Annual report of the Bengal Veterinary College and of the Civil Veterinary Department, Bengal, for the year 1918-19 - 1918-1919
Year: 1918
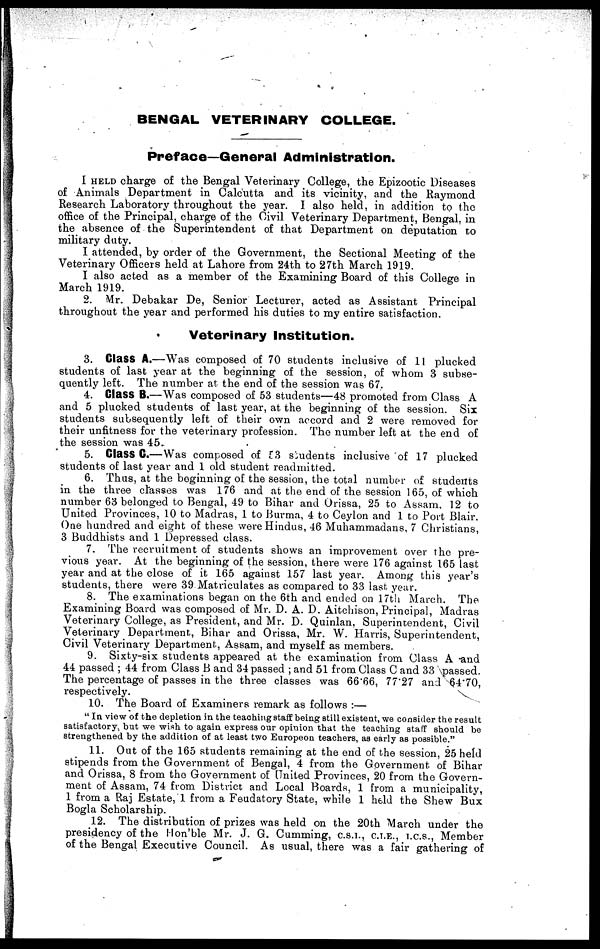
BENGAL VETERINARY COLLEGE.
Preface—General Administration.
I HELD charge of the Bengal Veterinary College, the Epizootic Diseases
of Animals Department in Calcutta and its vicinity, and the Raymond
Research Laboratory throughout the year. I also held, in addition to the
office of the Principal, charge of the Civil Veterinary Department, Bengal, in
the absence of the Superintendent of that Department on deputation to
military duty.
I attended, by order of the Government, the Sectional Meeting of the
Veterinary Officers held at Lahore from 24th to 27th March 1919.
I also acted as a member of the Examining Board of this College in
March 1919.
2. Mr. Debakar De, Senior Lecturer, acted as Assistant Principal
throughout the year and performed his duties to my entire satisfaction.
Veterinary Institution.
3. Class A.—Was composed of 70 students inclusive of 11 plucked
students of last year at the beginning of the session, of whom 3 subse-
quently left. The number at the end of the session was 67.
4. Class B.—Was composed of 53 students—48 promoted from Class A
and 5 plucked students of last year, at the beginning of the session. Six
students subsequently left of their own accord and 2 were removed for
their unfitness for the veterinary profession. The number left at the end of
the session was 45.
5. Class C.—Was composed of 53 students inclusive of 17 plucked
students of last year and 1 old student readmitted.
6. Thus, at the beginning of the session, the total number of students
in the three classes was 176 and at the end of the session 165, of which
number 63 belonged to Bengal, 49 to Bihar and Orissa, 25 to Assam, 12 to
United Provinces, 10 to Madras, 1 to Burma, 4 to Ceylon and 1 to Port Blair.
One hundred and eight of these were Hindus, 46 Muhammadans, 7 Christians,
3 Buddhists and 1 Depressed class.
7. The recruitment of students shows an improvement over the pre-
vious year. At the beginning of the session, there were 176 against 165 last
year and at the close of it 165 against 157 last year. Among this year's
students, there were 39 Matriculates as compared to 33 last year.
8. The examinations began on the 6th and ended on 17th March. The
Examining Board was composed of Mr. D. A. D. Aitchison, Principal, Madras
Veterinary College, as President, and Mr. D. Quinlan, Superintendent, Civil
Veterinary Department, Bihar and Orissa, Mr. W. Harris, Superintendent,
Civil Veterinary Department, Assam, and myself as members.
9. Sixty-six students appeared at the examination from Class A and
44 passed ; 44 from Class B and 34 passed ; and 51 from Class C and 33 passed.
The percentage of passes in the three classes was 66.66, 77.27 and 64.70,
respectively.
10. The Board of Examiners remark as follows :—
" In view of the depletion in the teaching staff being still existent, we consider the result
satisfactory, but we wish to again express our opinion that the teaching staff should be
strengthened by the addition of at least two Europeon teachers, as early as possible."
11. Out of the 165 students remaining at the end of the session, 25 held
stipends from the Government of Bengal, 4 from the Government of Bihar
and Orissa, 8 from the Government of United Provinces, 20 from the Govern-
ment of Assam, 74 from District and Local Boards, 1 from a municipality,
1 from a Raj Estate, 1 from a Feudatory State, while 1 held the Shew Bux
Bogla Scholarship.
12. The distribution of prizes was held on the 20th March under the
presidency of the Hon'ble Mr. J. G. Gumming, C.S.I., C.I.E., I.C.S., Member
of the Bengal Executive Council. As usual, there was a fair gathering of